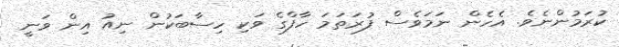
ކުރަމުންނެވެ. އެހެން ނަމަވެސް ފުރަތަމަ ހާފްގެ ވަކި ހިސާބަކުން ނިއު އިން ވަނީ